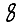
Digit: 8